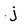
Character: j